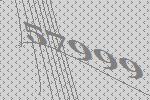
57999